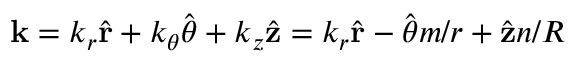
\mathbf { k } = k _ { r } \hat { \mathbf { r } } + k _ { \theta } \hat { \boldsymbol { \theta } } + k _ { z } \hat { \mathbf { z } } = k _ { r } \hat { \mathbf { r } } - \hat { \boldsymbol { \theta } } m / r + \hat { \mathbf { z } } n / R